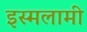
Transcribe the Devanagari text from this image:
इस्मलामी